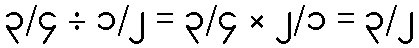
၃/၄ ÷ ၁/၂ = ၃/၄ × ၂/၁ = ၃/၂